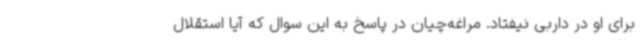
برای او در داربی نیفتاد. مراغه‌چیان در پاسخ به این سوال که آیا استقلال